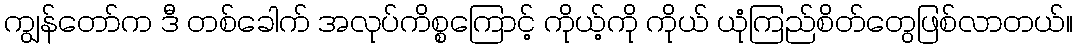
ကျွန်တော်က ဒီ တစ်ခေါက် အလုပ်ကိစ္စကြောင့် ကိုယ့်ကို ကိုယ် ယုံကြည်စိတ်တွေဖြစ်လာတယ်။